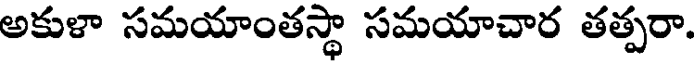
అకుళా సమయాంతస్థా సమయాచార తత్పరా.